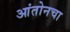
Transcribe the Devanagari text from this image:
आंतोनचा